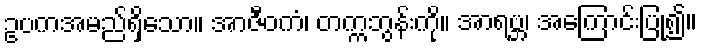
ဥပကအမည်ရှိသော။ အာဇီဝကံ၊ တက္ကဘွန်းကို။ အာရဗ္ဘ၊ အကြောင်းပြု၍။